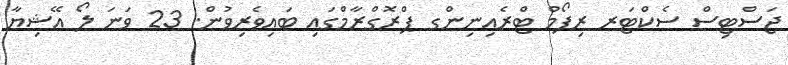
ޖަސްޓިސް ސެކްޓަރ ރިފޯމް ޓްރެއިނިންގ ޕްރޮގްރާމްގައި ބައިވެރިވުން. 23 ވަނަ ލޯ އޭޝިޔާ